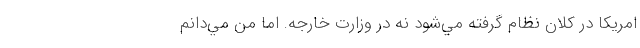
امريكا در كلان نظام گرفته مي‌شود نه در وزارت خارجه. اما من مي‌دانم